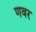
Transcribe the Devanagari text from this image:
णवर